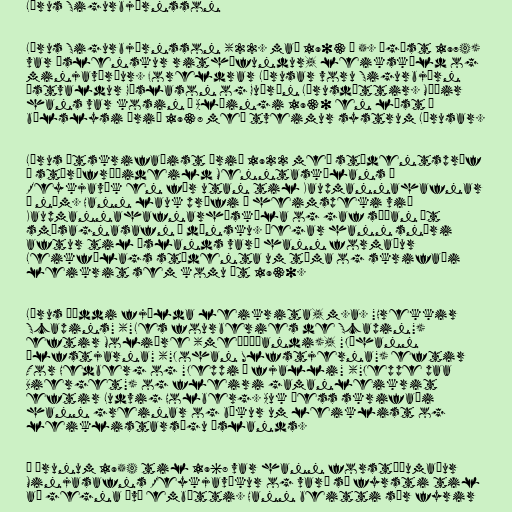
Lárus Sigurbjörnsson

Lárus Sigurbjörnsson (22. maí 1903 – 5. ágúst 1974)
var íslenskur rithöfundur, leikskáld og
minjavörður. Foreldrar Lárusar voru Sigurbjörn
Ástvaldur Gíslason og Guðrún Lárusdóttir. Móðir
hans var kosin á Alþingi 1930 en lést í
bílslysi árið 1938 með tveimur systrum Lárusar.

Lárus útskrifaðist árið 1922 með stúdentspróf
í stærðfræðideild Menntaskólans í
Reykjavík en fór utan til Kaupmannahafnar
í nám. Hann lauk prófi í heimspeki við
Kaupmannahafnarháskóla og gaf síðan út
smásagnasafn á dönsku. Þegar hann snéri
aftur til Íslands varð hann formaður
Leikfélags stúdenta um tíma og skrifaði
leikrit sem komu út 1930.

Lárus þýddi fjölda leikrita, m.a. "Hrekkir
Scapins" ("Les fourberies de Scapin")
eftir Molière (meðþýðandi), "Jóhann
úlfstjarna" ("Johan Ulfstjerna") eftir
Tor Hedberg og "Jeppi á fjalli" ("Jeppe paa
Bierget") og fleiri gamanleikrit
eftir Ludvig Holberg. Auk þess skrifaði
hann greinar og bækur um leiklist og
leiklistarsögu Íslands.

Á árunum 1954 til 1968 var hann forstöðumaður
Minjasafns Reykjavíkur og varð sá fyrsti til
að gegna því embætti. Hann beitti sér fyrir